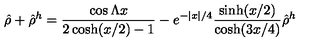
\hat { \rho } + \hat { \rho } ^ { h } = { \frac { \cos \Lambda x } { 2 \cosh ( x / 2 ) - 1 } } - e ^ { - | x | / 4 } { \frac { \sinh ( x / 2 ) } { \cosh ( 3 x / 4 ) } } \hat { \rho } ^ { h }